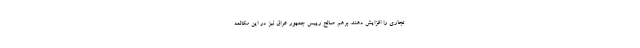
تجاری را افزایش دهند. برهم صالح رییس جمهور عراق نیز در این مکالمه